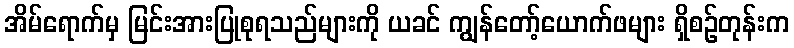
အိမ်ရောက်မှ မြင်းအားပြုစုရသည်များကို ယခင် ကျွန်တော့်ယောက်ဖများ ရှိစဉ်တုန်းက